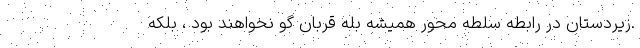
.زيردستان در رابطه سلطه محور هميشه بله قربان گو نخواهند بود ، بلكه